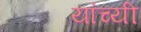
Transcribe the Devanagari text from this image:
यांच्यी